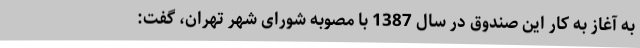
به آغاز به کار این صندوق در سال 1387 با مصوبه شورای شهر تهران، گفت: